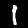
Digit: 1